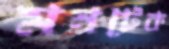
মনটেক